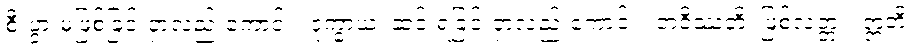
စီးပွားမဖြစ်ခြင်းငှာလည်းကောင်း။ ဒုက္ခာယ၊ ဆင်းရဲခြင်းငှာလည်းကောင်း။ ဘဝိဿတိ၊ ဖြစ်လတ္တံ့။ ဣတိ၊